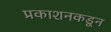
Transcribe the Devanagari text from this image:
प्रकाशनकडून